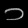
Digit: ၁